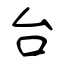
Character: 台